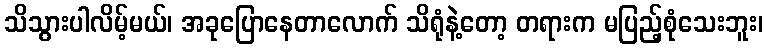
သိသွားပါလိမ့်မယ်၊ အခုပြောနေတာလောက် သိရုံနဲ့တော့ တရားက မပြည့်စုံသေးဘူး၊